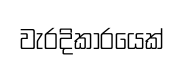
වැරදිකාරයෙක්